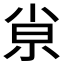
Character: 𡭴